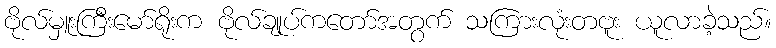
ဗိုလ်မှူးကြီးမော်ရိုးက ဗိုလ်ချုပ်ကတော်အတွက် သကြားလုံးတဗူး ယူလာခဲ့သည်။